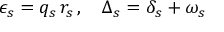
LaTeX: \epsilon _ { s } = q _ { s } \, r _ { s } \, , \quad \Delta _ { s } = \delta _ { s } + \omega _ { s }